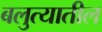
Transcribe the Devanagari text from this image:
बलुत्यातील